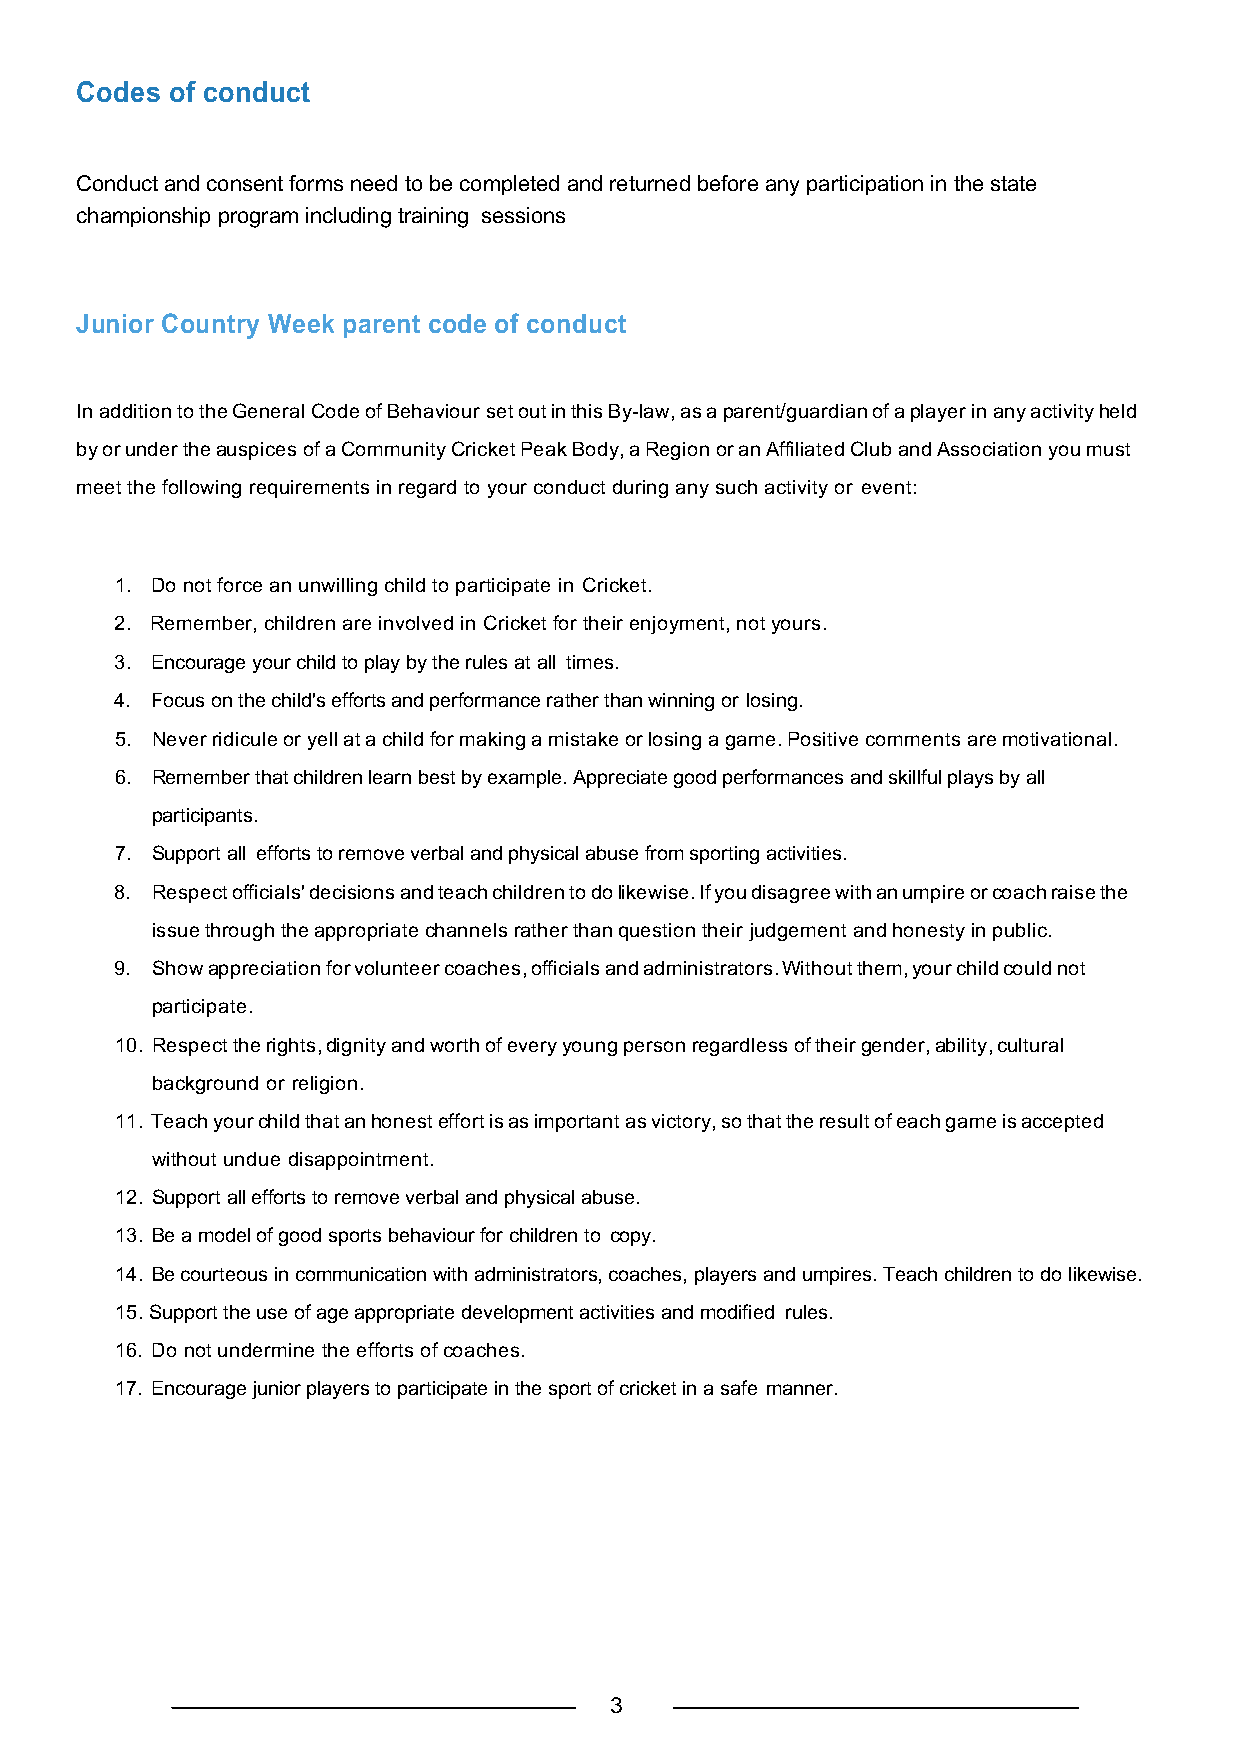
Codes of conduct
 Conduct and consent forms need to be completed and returned before any participation in the state
 championship program including training sessions
 Junior Country Week parent code of conduct
 In addition to the General Code of Behaviour set out in this By-law, as a parent/guardian of a player in any activity held
 by or under the auspices of a Community Cricket Peak Body, a Region or an Affiliated Club and Association you must
 meet the following requirements in regard to your conduct during any such activity or event:
 1. Do not force an unwilling child to participate in Cricket.
 2. Remember, children are involved in Cricket for their enjoyment, not yours.
 3. Encourage your child to play by the rules at all times.
 4. Focus on the child's efforts and performance rather than winning or losing.
 5. Never ridicule or yell at a child for making a mistake or losing a game. Positive comments are motivational.
 6. Remember that children learn best by example. Appreciate good performances and skillful plays by all
 participants.
 7. Support all efforts to remove verbal and physical abuse from sporting activities.
 8. Respect officials' decisions and teach children to do likewise. If you disagree with an umpire or coach raise the
 issue through the appropriate channels rather than question their judgement and honesty in public.
 9. Show appreciation for volunteer coaches, officials and administrators. Without them, your child could not
 participate.
 10. Respect the rights, dignity and worth of every young person regardless of their gender, ability, cultural
 background or religion.
 11. Teach your child that an honest effort is as important as victory, so that the result of each game is accepted
 without undue disappointment.
 12. Support all efforts to remove verbal and physical abuse.
 13. Be a model of good sports behaviour for children to copy.
 14. Be courteous in communication with administrators, coaches, players and umpires. Teach children to do likewise.
 15. Support the use of age appropriate development activities and modified rules.
 16. Do not undermine the efforts of coaches.
 17. Encourage junior players to participate in the sport of cricket in a safe manner.
 3